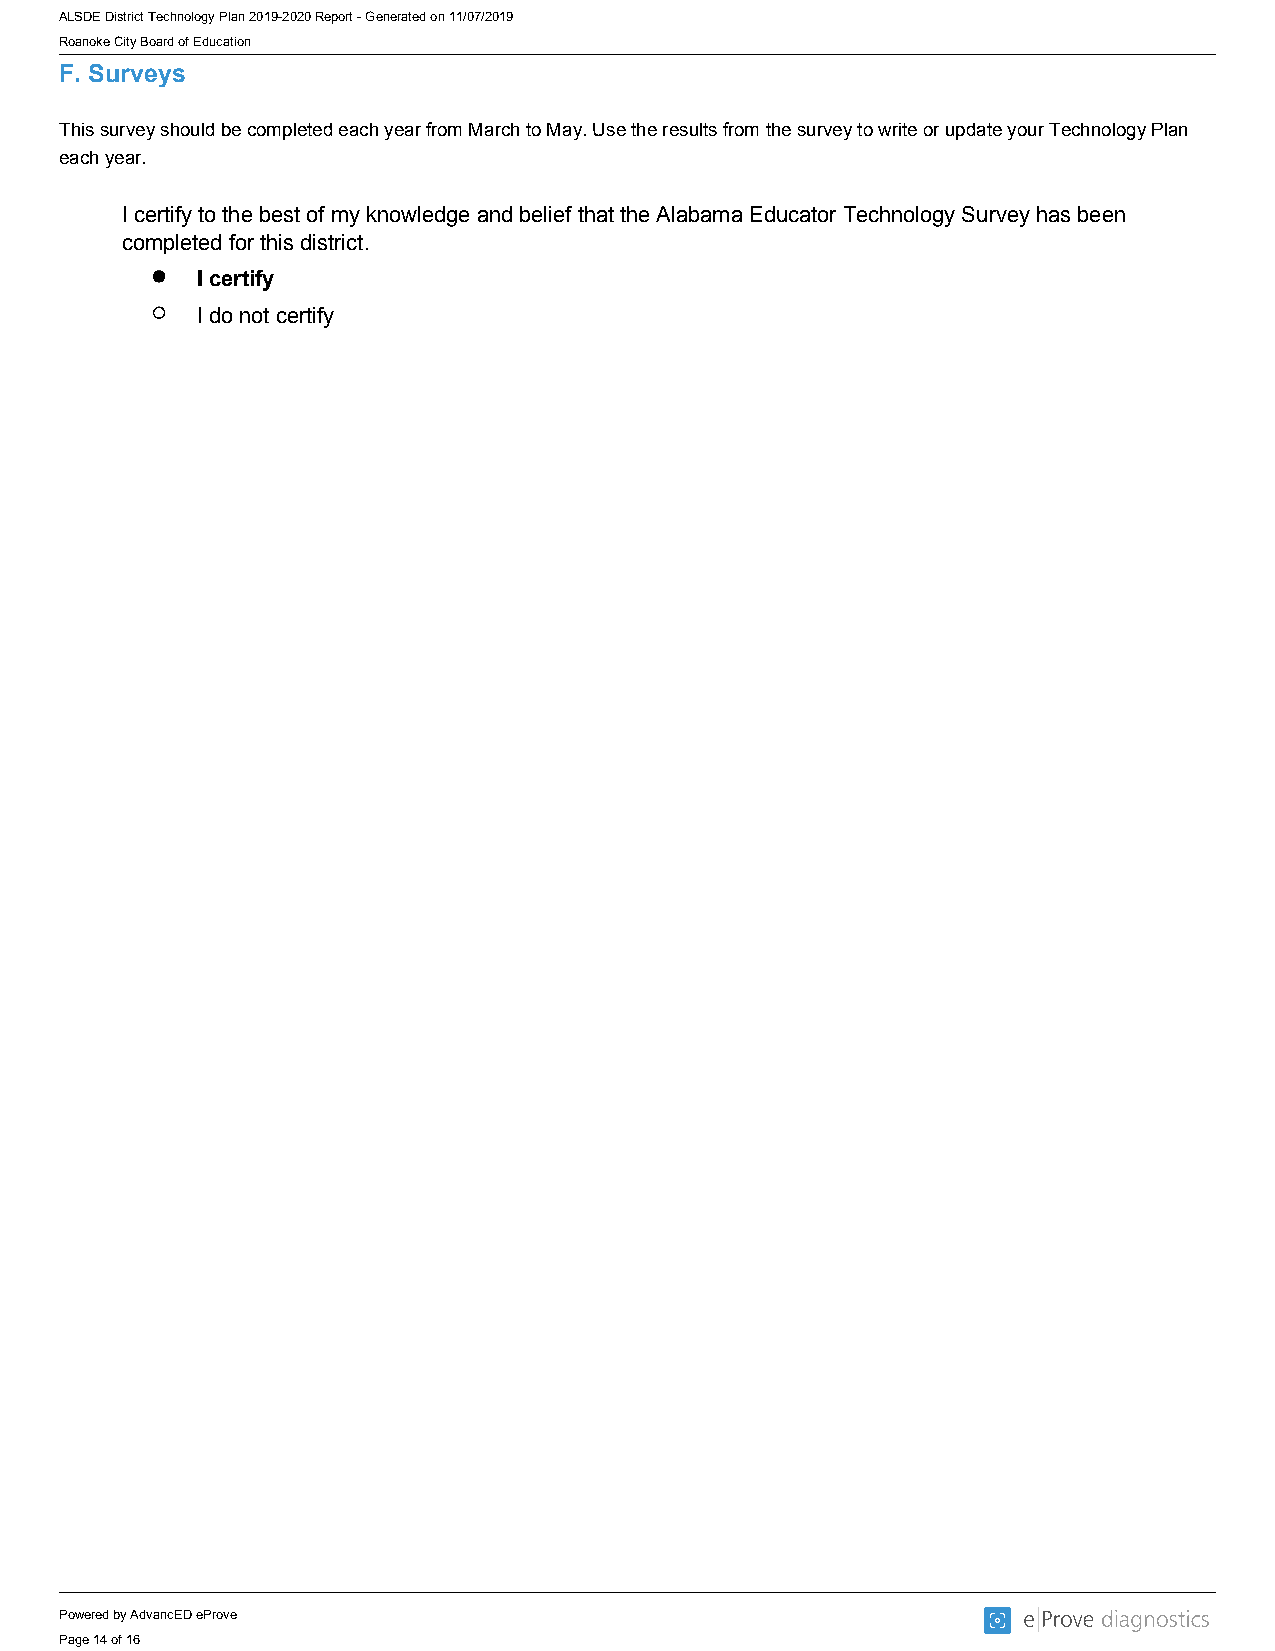
ALSDE District Technology Plan 2019-2020 Report - Generated on 11/07/2019
 Roanoke City Board of Education
 F. Surveys
 This survey should be completed each year from March to May. Use the results from the survey to write or update your Technology Plan
 each year.
 I certify to the best of my knowledge and belief that the Alabama Educator Technology Survey has been
 completed for this district.
 I certify
 I do not certify
 Powered by AdvancED eProve
 Page 14 of 16